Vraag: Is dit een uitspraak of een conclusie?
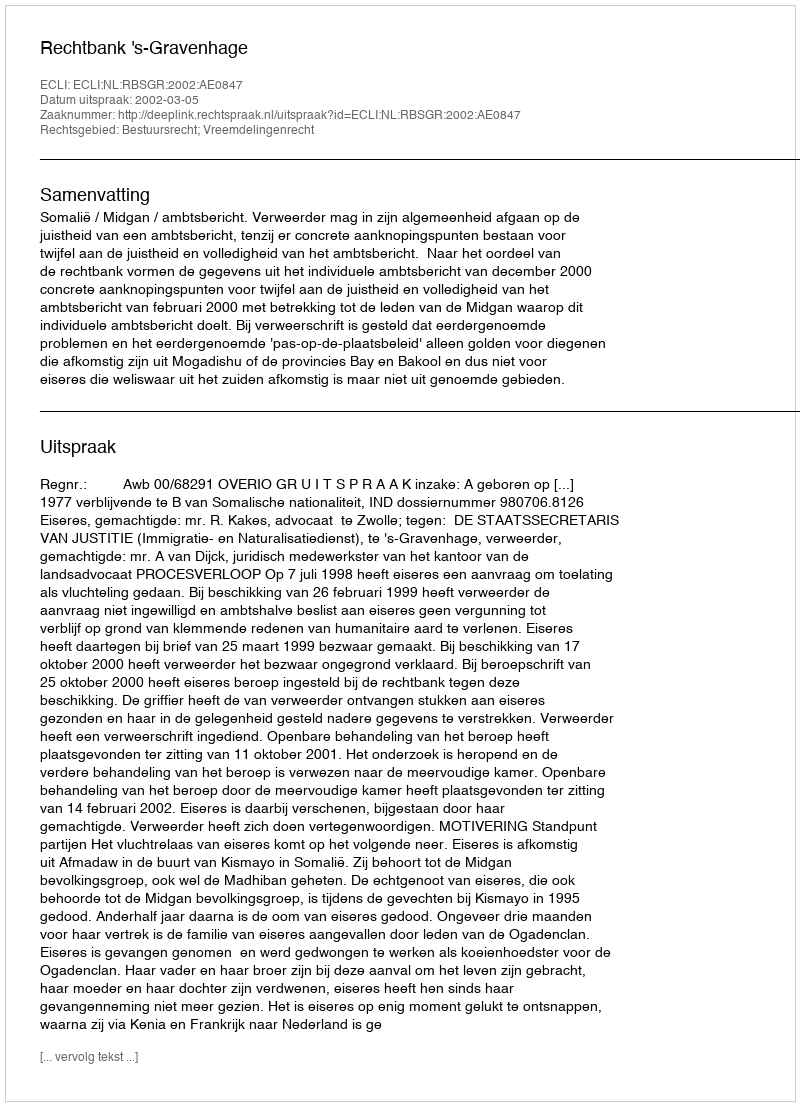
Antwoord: Uitspraak